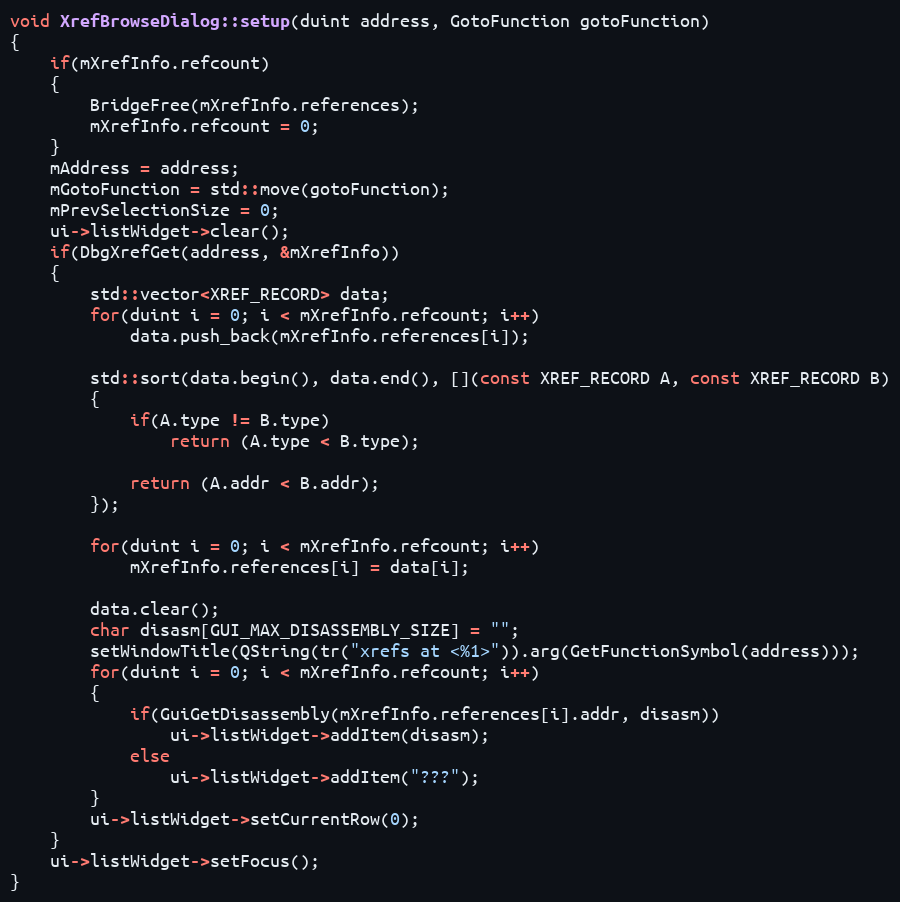
Language: C++
void XrefBrowseDialog::setup(duint address, GotoFunction gotoFunction)
{
    if(mXrefInfo.refcount)
    {
        BridgeFree(mXrefInfo.references);
        mXrefInfo.refcount = 0;
    }
    mAddress = address;
    mGotoFunction = std::move(gotoFunction);
    mPrevSelectionSize = 0;
    ui->listWidget->clear();
    if(DbgXrefGet(address, &mXrefInfo))
    {
        std::vector<XREF_RECORD> data;
        for(duint i = 0; i < mXrefInfo.refcount; i++)
            data.push_back(mXrefInfo.references[i]);

        std::sort(data.begin(), data.end(), [](const XREF_RECORD A, const XREF_RECORD B)
        {
            if(A.type != B.type)
                return (A.type < B.type);

            return (A.addr < B.addr);
        });

        for(duint i = 0; i < mXrefInfo.refcount; i++)
            mXrefInfo.references[i] = data[i];

        data.clear();
        char disasm[GUI_MAX_DISASSEMBLY_SIZE] = "";
        setWindowTitle(QString(tr("xrefs at <%1>")).arg(GetFunctionSymbol(address)));
        for(duint i = 0; i < mXrefInfo.refcount; i++)
        {
            if(GuiGetDisassembly(mXrefInfo.references[i].addr, disasm))
                ui->listWidget->addItem(disasm);
            else
                ui->listWidget->addItem("???");
        }
        ui->listWidget->setCurrentRow(0);
    }
    ui->listWidget->setFocus();
}